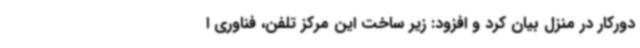
دورکار در منزل بیان کرد و افزود: زیر ساخت این مرکز تلفن، فناوری ا